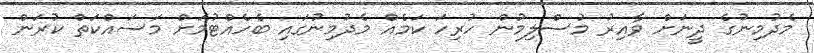
މެދުމިނުގެ ދީނަށް ވާއިރު މުސްލިމުން ހުރިހަ ކަމެއް މެދުމިނުގައި ބެހެއްޓުމަށް މަސައްކަތް ކުރަން